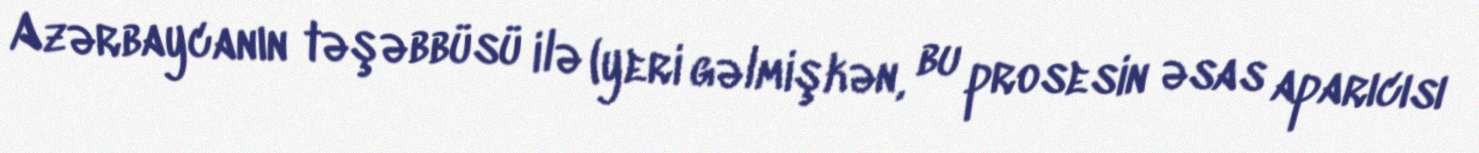
Azərbaycanın təşəbbüsü ilə (yeri gəlmişkən, bu prosesin əsas aparıcısı